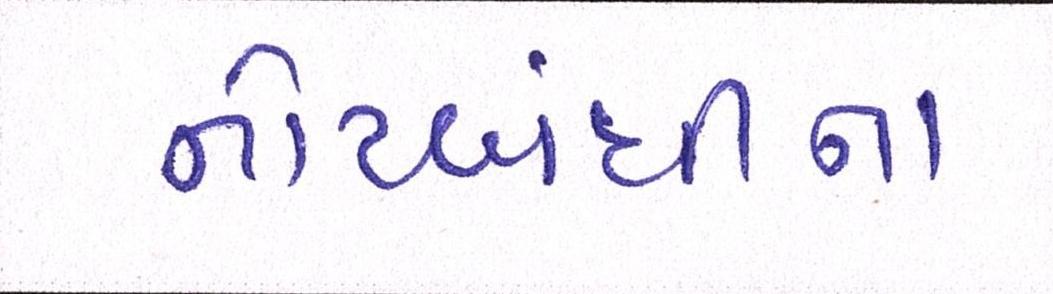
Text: નોટબંધીના